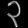
Digit: ၃